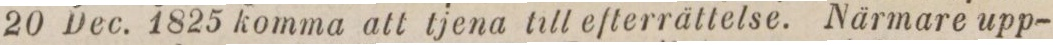
20 Dec. 1825 komma att tjena till efterrättelse. Närmare upp-